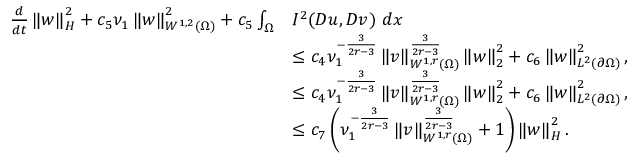
\begin{array} { r l } { \frac { d } { d t } \left\lVert \boldsymbol { w } \right\rVert _ { H } ^ { 2 } + c _ { 5 } \nu _ { 1 } \left\lVert \boldsymbol { w } \right\rVert _ { W ^ { 1 , 2 } ( \Omega ) } ^ { 2 } + c _ { 5 } \int _ { \Omega } } & { I ^ { 2 } ( \boldsymbol { D u } , \boldsymbol { D v } ) \ d x } \\ & { \leq c _ { 4 } \nu _ { 1 } ^ { - \frac { 3 } { 2 r - 3 } } \left\lVert \boldsymbol { v } \right\rVert _ { W ^ { 1 , r } ( \Omega ) } ^ { \frac { 3 } { 2 r - 3 } } \left\lVert \boldsymbol { w } \right\rVert _ { 2 } ^ { 2 } + c _ { 6 } \left\lVert \boldsymbol { w } \right\rVert _ { L ^ { 2 } ( \partial \Omega ) } ^ { 2 } , } \\ & { \leq c _ { 4 } \nu _ { 1 } ^ { - \frac { 3 } { 2 r - 3 } } \left\lVert \boldsymbol { v } \right\rVert _ { W ^ { 1 , r } ( \Omega ) } ^ { \frac { 3 } { 2 r - 3 } } \left\lVert \boldsymbol { w } \right\rVert _ { 2 } ^ { 2 } + c _ { 6 } \left\lVert \boldsymbol { w } \right\rVert _ { L ^ { 2 } ( \partial \Omega ) } ^ { 2 } , } \\ & { \leq c _ { 7 } \left( \nu _ { 1 } ^ { - \frac { 3 } { 2 r - 3 } } \left\lVert \boldsymbol { v } \right\rVert _ { W ^ { 1 , r } ( \Omega ) } ^ { \frac { 3 } { 2 r - 3 } } + 1 \right) \left\lVert \boldsymbol { w } \right\rVert _ { H } ^ { 2 } . } \end{array}